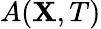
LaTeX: A(\mathbf{X},T)